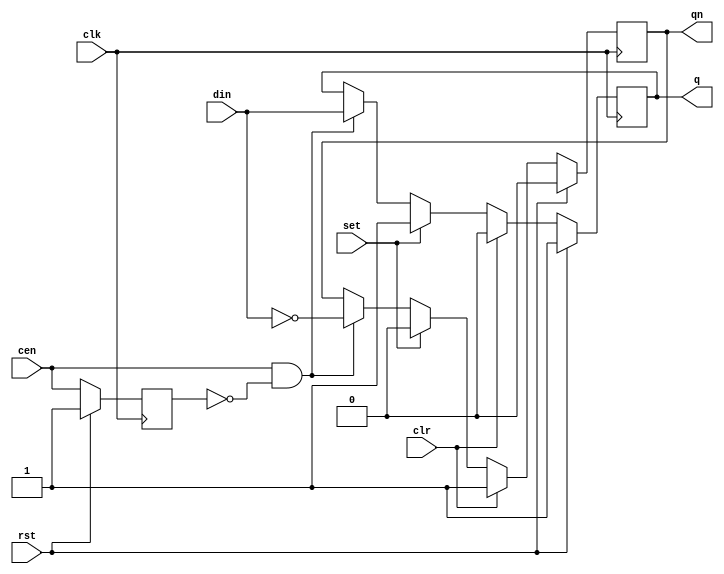
`default_nettype none
`timescale 1ns/10ps
module DFF_pseudoAsyncClrPre2 #(parameter W=1 ) (
    input      wire          clk,
    input      wire          rst,
    input      wire [W-1:0]  din,
    output reg  [W-1:0]  q,
    output reg  [W-1:0]  qn,
    input      wire [W-1:0]  set,    // active high
    input      wire [W-1:0]  clr,    // active high
    input      wire [W-1:0]  cen // signal whose edge will trigger the FF
);

reg  [W-1:0] last_edge;

generate
    genvar i;
    for (i=0; i < W; i=i+1) begin: flip_flop
        always @(posedge clk) begin
            if(rst) begin
                q[i]         <= 1;
                qn[i]        <= 0;
                last_edge[i] <= 1;
            end
            else begin
                last_edge[i] <= cen[i];
                if( clr[i] ) begin
                    q[i]  <= 1'b0;
                    qn[i] <= 1'b1;
                end else
                if( set[i] ) begin
                    q[i]  <= 1'b1;
                    qn[i] <= 1'b0;
                end else
                if( cen[i] && !last_edge[i] ) begin
                    q[i]  <=  din[i];
                    qn[i] <= ~din[i];
                end
            end
        end
    end
endgenerate

endmodule